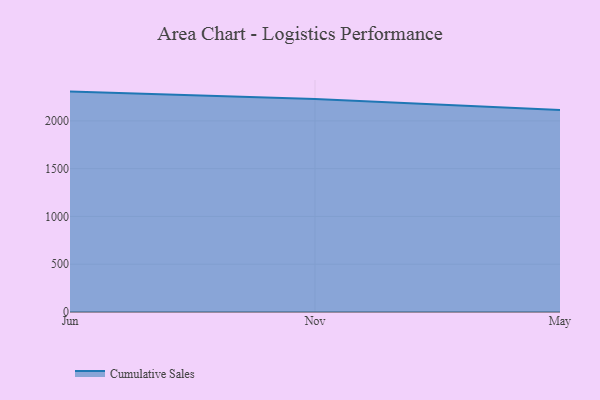
{"axis": {"x": "Month", "y": "Active Users"}, "legend": ["Cumulative Sales"], "data": [{"x": "Jun", "y": 2306.4, "type": "Cumulative Sales"}, {"x": "Nov", "y": 2229.9, "type": "Cumulative Sales"}, {"x": "May", "y": 2114.5, "type": "Cumulative Sales"}]}